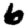
Digit: 6